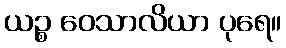
ယဉ္စ ဝေသာလိယာ ပုရေ။